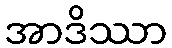
အာဒိဿာ